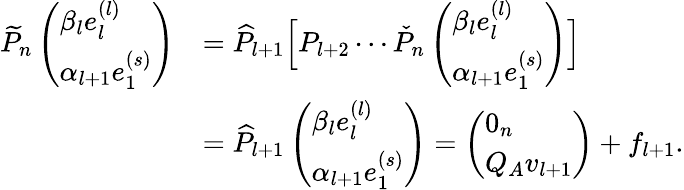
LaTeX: \begin{array}{rl}{\widetilde{P}_{n}\left(\begin{array}{l}{\beta_{l}e_{l}^{(l)}}\\ {\alpha_{l+1}e_{1}^{(s)}}\end{array}\right)}&{=\widehat{P}_{l+1}\Big[P_{l+2}\cdots\check{P}_{n}\left(\begin{array}{l}{\beta_{l}e_{l}^{(l)}}\\ {\alpha_{l+1}e_{1}^{(s)}}\end{array}\right)\Big]}\\ &{=\widehat{P}_{l+1}\left(\begin{array}{l}{\beta_{l}e_{l}^{(l)}}\\ {\alpha_{l+1}e_{1}^{(s)}}\end{array}\right)=\left(\begin{array}{l}{0_{n}}\\ {Q_{A}v_{l+1}}\end{array}\right)+f_{l+1}.}\end{array}